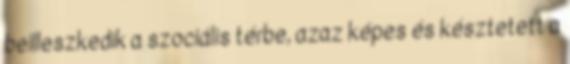
beilleszkedik a szociális térbe, azaz képes és késztetett a